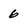
Character: 6